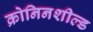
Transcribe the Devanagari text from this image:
क्रोनिनशील्ड